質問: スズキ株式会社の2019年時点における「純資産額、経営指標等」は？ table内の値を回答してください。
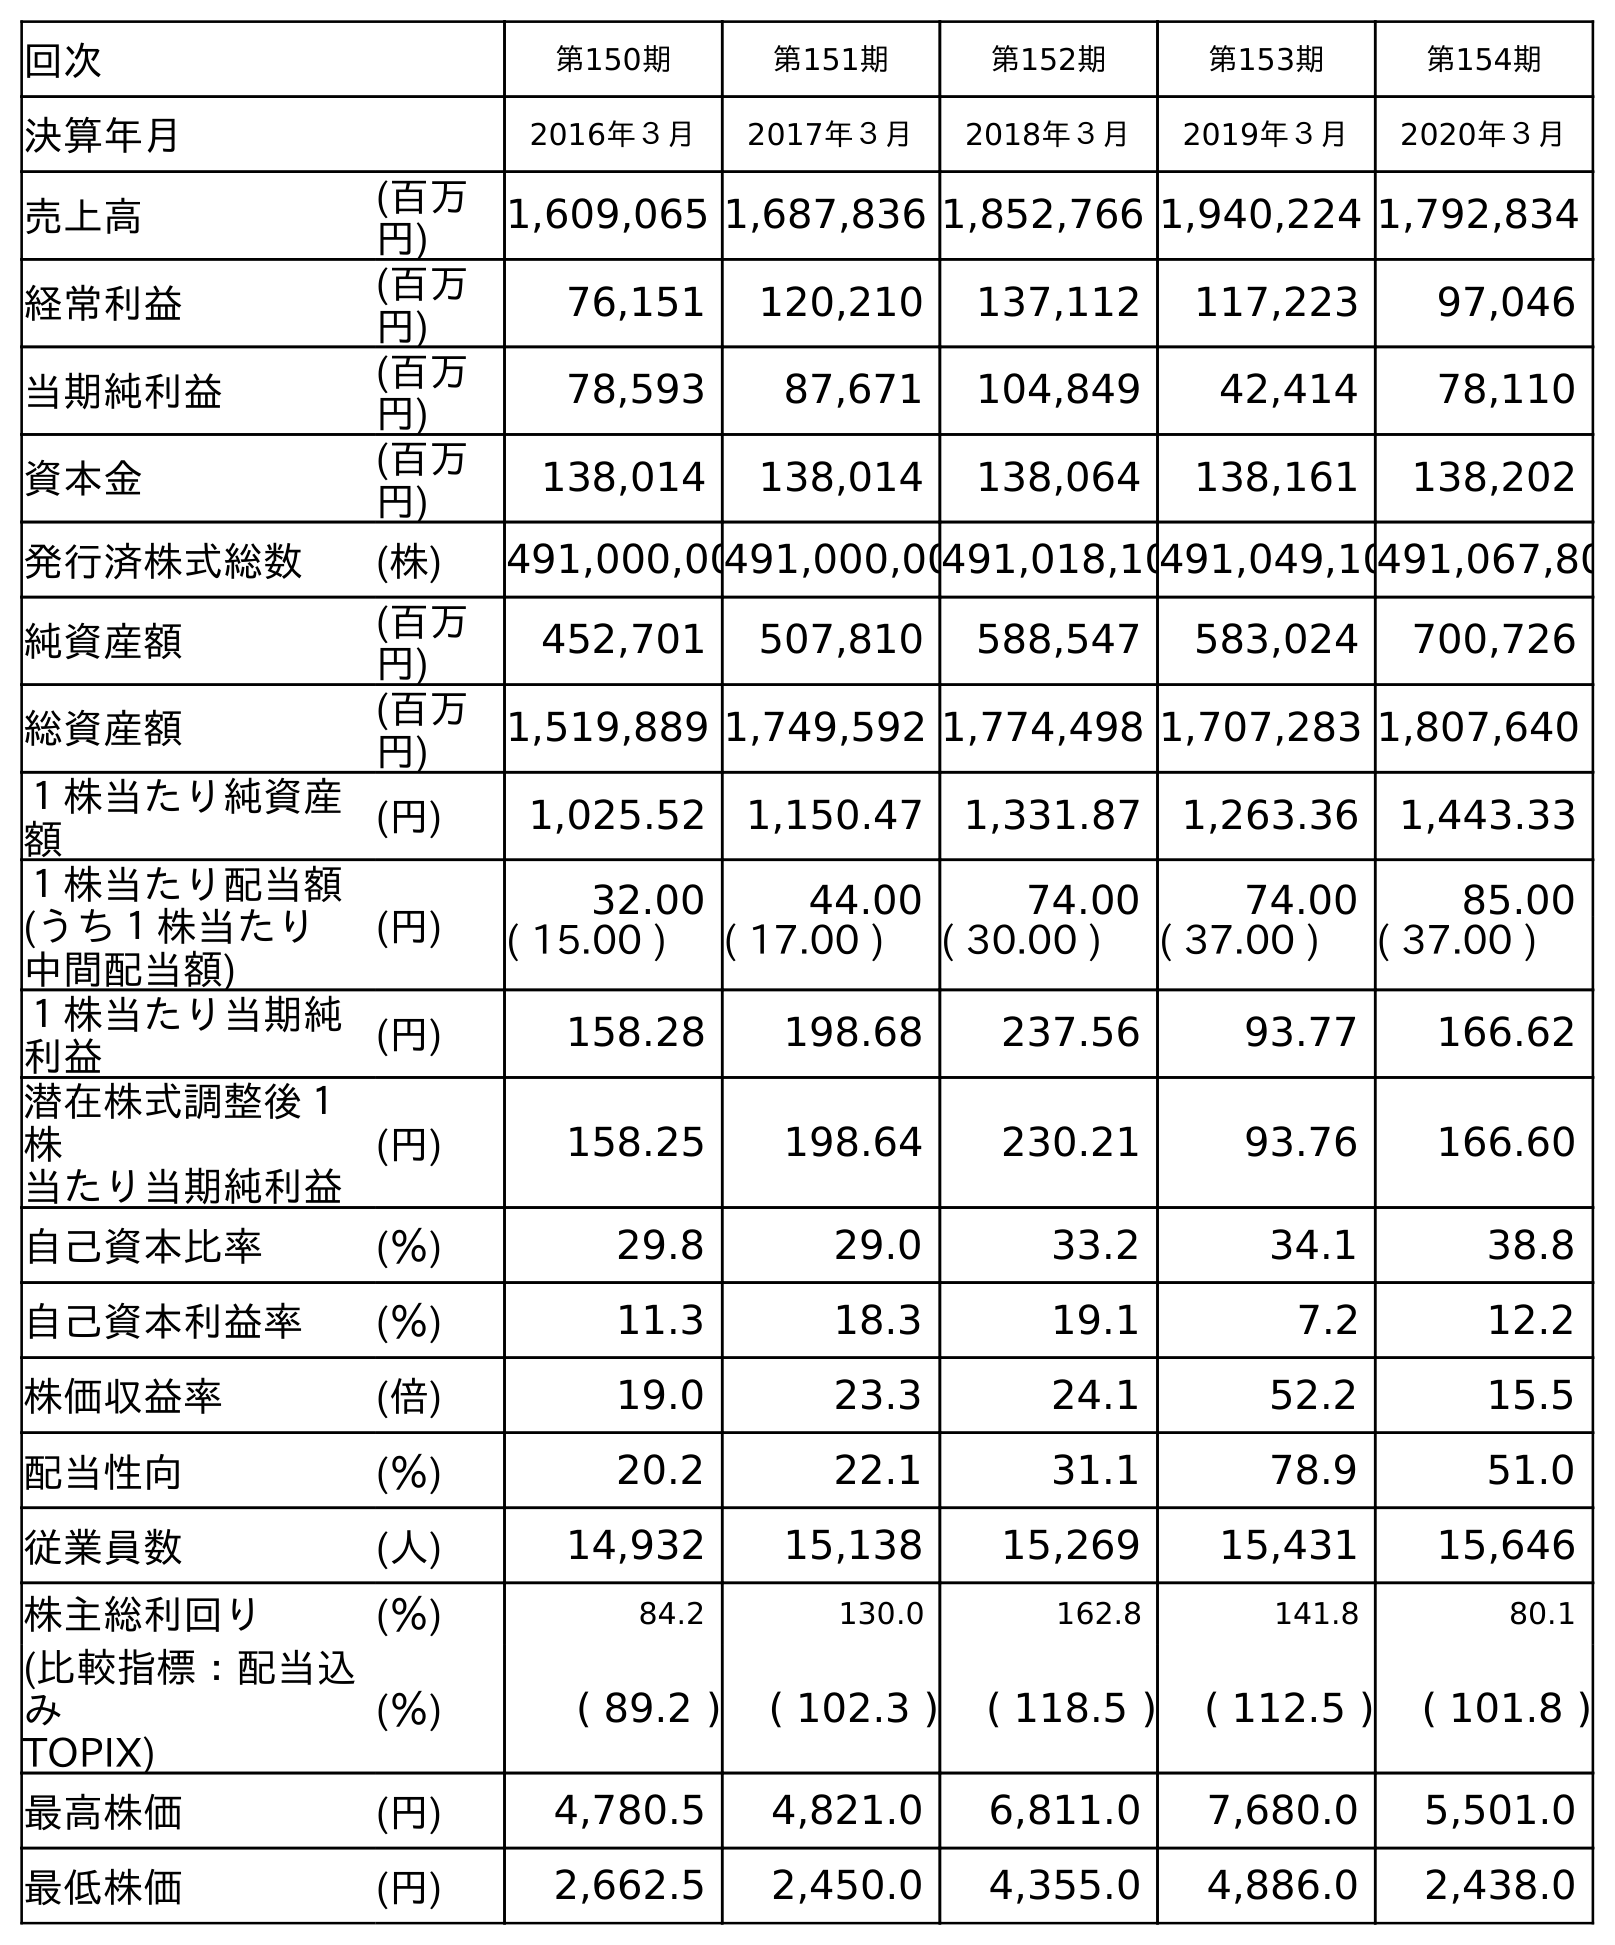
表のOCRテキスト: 回次 第150期 第151期 第152期 第153期 第154期 決算年月 2016年３月 2017年３月 2018年３月 2019年３月 2020年３月 売上高 (百万 円) 1,609,065 1,687,836 1,852,766 1,940,224 1,792,834 経常利益 (百万 円) 76,151 120,210 137,112 117,223 97,046 当期純利益 (百万 円) 78,593 87,671 104,849 42,414 78,110 資本金 (百万 円) 138,014 138,014 138,064 138,161 138,202 発行済株式総数 (株) 491,000,00491,000,00491,018,10491,049,10491,067,80 純資産額 (百万 円) 452,701 507,810 588,547 583,024 700,726 総資産額 (百万 円) 1,519,889 1,749,592 1,774,498 1,707,283 1,807,640 １株当たり純資産 額 (円) 1,025.52 1,150.47 1,331.87 1,263.36 1,443.33 １株当たり配当額 (うち１株当たり 中間配当額) (円) 32.00 44.00 74.00 74.00 85.00 ( 15.00 ) ( 17.00 ) ( 30.00 ) ( 37.00 ) ( 37.00 ) １株当たり当期純 利益 (円) 158.28 198.68 237.56 93.77 166.62 潜在株式調整後１ 株 当たり当期純利益 (円) 158.25 198.64 230.21 93.76 166.60 自己資本比率 (％) 29.8 29.0 33.2 34.1 38.8 自己資本利益率 (％) 11.3 18.3 19.1 7.2 12.2 株価収益率 (倍) 19.0 23.3 24.1 52.2 15.5 配当性向 (％) 20.2 22.1 31.1 78.9 51.0 従業員数 (人) 14,932 15,138 15,269 15,431 15,646 株主総利回り (％) 84.2 130.0 162.8 141.8 80.1 (比較指標：配当込 み TOPIX) (％) ( 89.2 ) ( 102.3 ) ( 118.5 ) ( 112.5 ) ( 101.8 ) 最高株価 (円) 4,780.5 4,821.0 6,811.0 7,680.0 5,501.0 最低株価 (円) 2,662.5 2,450.0 4,355.0 4,886.0 2,438.0
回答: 583,024